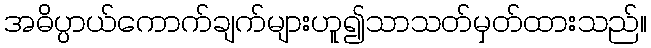
အဓိပ္ပာယ်ကောက်ချက်များဟူ၍သာသတ်မှတ်ထားသည်။